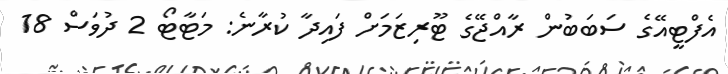
އެފްޓީއޭގެ ސަބަބުން ރާއްޖޭގެ ޓޫރިޒަމަށް ފައިދާ ކުރާނެ: މަޓާޓޯ 2 ދުވަސް 18